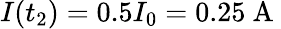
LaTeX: I(t_{2})=0.5I_{0}=0.25\mathrm{~A~}